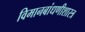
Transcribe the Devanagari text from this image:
विमानबांधणीशास्त्र